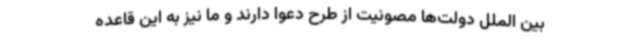
بین الملل دولت‌ها مصونیت از طرح دعوا دارند و ما نیز به این قاعده